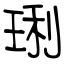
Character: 琍